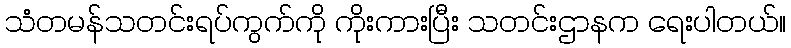
သံတမန်သတင်းရပ်ကွက်ကို ကိုးကားပြီး သတင်းဌာနက ရေးပါတယ်။